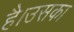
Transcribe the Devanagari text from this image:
है।उसका